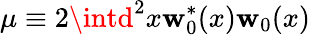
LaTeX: \mu\equiv2\intd^{2}x\mathbf{w}_{0}^{*}(x)\mathbf{w}_{0}(x)